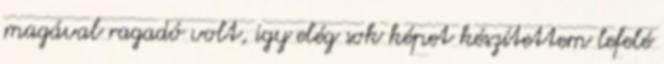
magával ragadó volt, igy elég sok képet készítettem lefelé